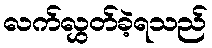
လက်လွှတ်ခဲ့ရသည်